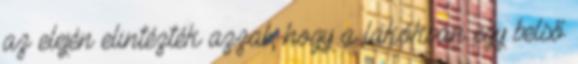
az elején elintézték azzal, hogy a lakókban egy belső